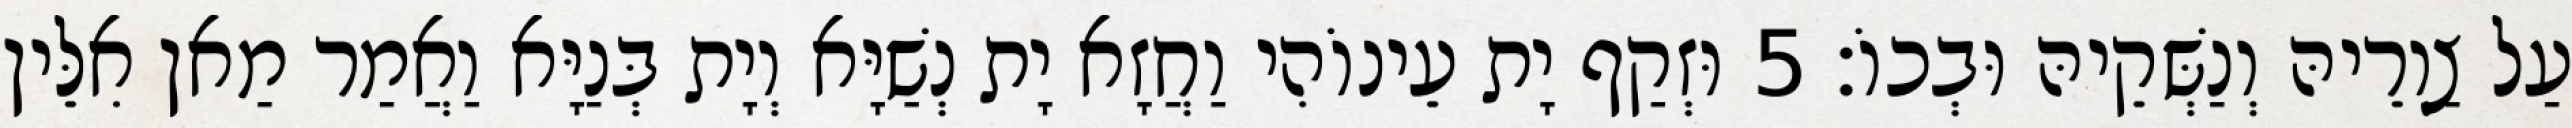
עַל צַוְרֵיהּ וְנַשְּׁקֵיהּ וּבְכוֹ׃ 5 וּזְקַף יָת עֵינוֹהִי וַחֲזָא יָת נְשַׁיָּא וְיָת בְּנַיָּא וַאֲמַר מַאן אִלֵּין